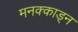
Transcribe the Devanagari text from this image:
मनक्काड्न